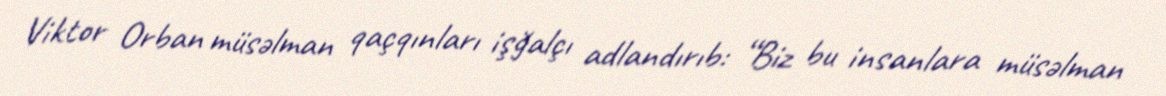
Viktor Orban müsəlman qaçqınları işğalçı adlandırıb: “Biz bu insanlara müsəlman